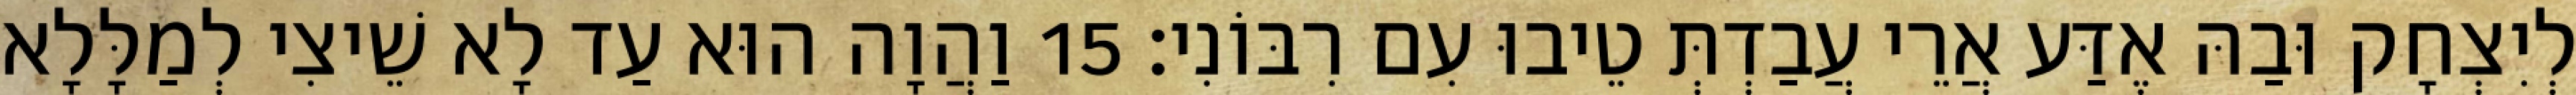
לְיִצְחָק וּבַהּ אֶדַּע אֲרֵי עֲבַדְתְּ טֵיבוּ עִם רִבּוֹנִי׃ 15 וַהֲוָה הוּא עַד לָא שֵׁיצִי לְמַלָּלָא